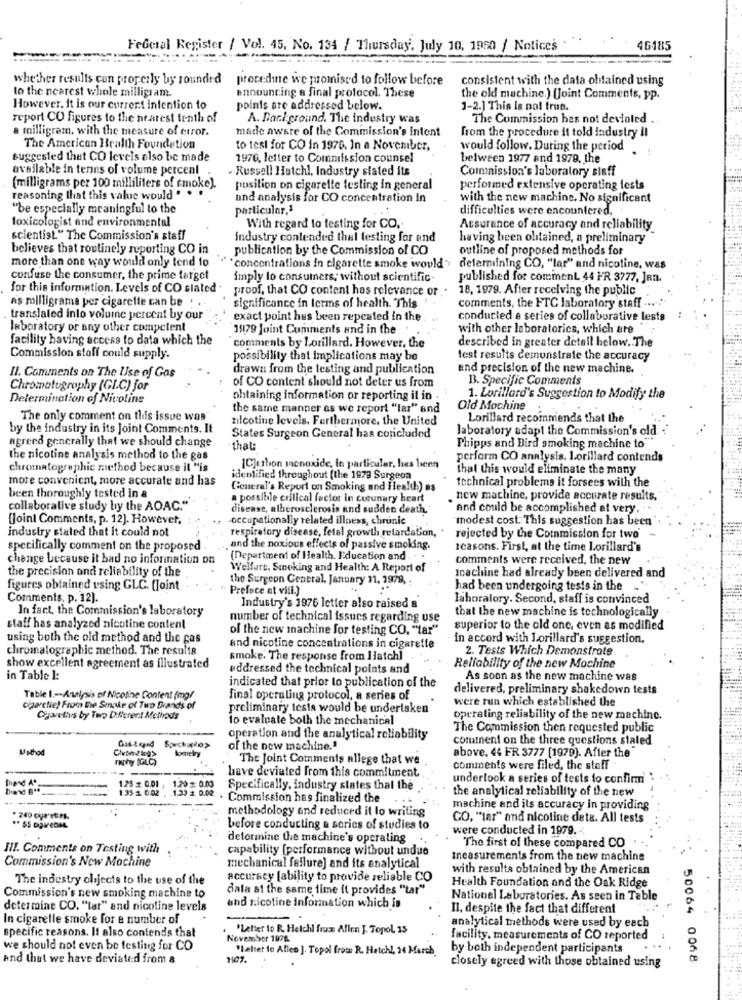
-
Federal Register / Vol. 45, No. 134 / Thursday, July 10, 1950 / Notices
46185
whether results con properly by rounded
procedine we promised to follow before
consistent with the data obtained using
announcing a final protocol. These
to the nearest whole milligram.
the old machine.) (Joint Comments, PP.
However, It is our current intention to
points are addressed below.
1-2.] This is not true.
report CO figures to the nearest tenth of
A. Bari ground. The industry was
The Commission has not deviated
a milligram, with the measure of error.
made aware of the Commission's Intent
from the procedure it told industry il
The American Health Foundation
to tesi for CO in 1979. In a November,
would follow. During the period.
suggested that CO levels also be made
1970, letter to Commission counsel
between 1977 and 1979. the
available in terms of volume perceal
. Russell Hutchl, Industry stated its
Commission's laboratory staff
(milligrams per 100 milliliters of smoke).
position on cigarette testing in general
performed extensive operating tests
reasoning that this value would . .
and analysis for CO concentration In
with the new machine. No significant
"be especially meaningful to the
particular,1
difficulties were encountered.
toxicologist and environmental
With regard to testing for CO ..
Assurance of accuracy and reliability
scientist." The Commission's staff
industry contended thal testing for and
having been obtained, a preliminary
believes that routinely reporting CO in
publication by the Commission of CO
outline of proposed methods for
more than one way would only tend to
"""concentrations in cigarette smoke would; determining CO, "lar" and nicotine, was
confuse the consumer, the prime target
imply to consumers; without scientific
published for comment 44 FR 3777, Jen.
for this information. Levels of CO slated
proof, that CO content has relevance or ."
18, 1979. After receiving the public
as milligrama per cigarette can be . .
significance in terms of health. "This " .
comments, the FTC laboratory staff ...
translated into volume percent by our
exact point hus been repeated in the.
conducted a series of collaborative lests
laboratory or any other competent
1979 Joint Comments and in the
with other laboratorics, which are
facility having access to date which the
described in greater detail below .. The
comments by Lorillard. However, the
Commission staff could supply.
possibility that implications may be
test results demonstrate the accuracy
drawn from the testing and publication
and precision of the new machine.
Il. Comments on The Use of Gas
B. Specific Comments
Chromatography (GI.C) for
of CO content should not deter us from
Determination of Nivoline
obtaining information or reporting il in .
1. Lorillard's Suggestion to Modify the
the same manner as we report "lar" and
Old Machine :
The only comment on this issue was
zilcotine levels. Furthermore, the United
Lorillard recommends that the
by the industry in its Joint Comments. It
laboratory adapt the Commission's old
agreed generally that we should change
States Surgeon General has concluded
that:
Phipps and Bird smoking machine to"
the nicotine analysis method to the gas
perform CO analysis. lorillard contends
chromatographic method because il "is
1C]ubon incnoxide, in particular, has been
that this would eliminate the many
more convenient, more accurate and has
identified throughout (the 1979 Surgeon
technical problems it forsees with the
Generel's Report on Smoking and Health) as
been thoroughly tested in a
a possible critical factor in coronary heart
new machine, provide accurate results.
collaborative study by the AOAC."
disease, alberosclerosis and sudden death,
"and could be accomplished at very,
(joint Comments, p. 12). However,
-occupationally related illness, chronic
modest cost. This suggestion has been
respiratory disease, fetal growth retardation, .
industry stated that it could not
rejected by the Commission for two'
specifically comment on the proposed
and the noxious effects of passive smoking.
reasons. First, at the time Lorillard's
change because it had no information on
(Department of Health. Education and .
comments were received, the new
the precision and reliability of the
Welfart, Sinoking and Health: A Report of
Icachine had already been delivered and
the Surgeon Central. January 31, 1978,
figures obtained using GLC. (Joint
Preface at vill.]
had been undergoing tests in the .
Comments, p. 12).
lahoralory. Second, staff is convinced
In fact, the Commission's laboratory
Industry's 1976 letter also raised a
that the new machine is technologically
number of technical issues regarding use
staff has analyzed nicotine content
of the new machine for testing CO. "tar"
superior to the old one, even as modified
using both the old method and the gas
in accord with Lorillard's suggestion.
chromatographic method. The results
and nicotine concentrations in cigarette
2. Tests Which Demonstrate
smoke. The response from Ilatch]
show excellent agreement as illustrated
addressed the technical points and
Reliability of the new Mochine
in Table 1:
As soon as the new machine was
indicated that prior to publication of the
delivered, preliminary shakedown tests
Table 1 .- Analysis of Nicotine Content (mg/
final operating protocol, a series of
were run which established the
cigaretie) From the Smoke of Two Brands of
preliminary tesis would be undertaken
Cjartlivs by Two Different Methods
to evaluate both the mechanical
operating reliability of the new machinc.
The Commission then requested public
operation and the analytical reliability
comment on the three questions staled
UMhod
Sometry
of the new machine."
above. 44 FR 3777 [1979). After the
raphy [GLC)
The Joint Comments allege that we
Comments were filed, the staff
1.25 + 0.01 . 1.20 1 0.00
have deviated from this commitment.
undertook a series of tests to confirm
135 1 0.02 . 1.33 2 0.02
Specifically, industry states that the
the analytical reliability of the new
. Commission has finalized the
methodology and reduced it lo writing
machine and its accuracy in providing
. 240 cigaret r.
CO, "tar" and nicoline deta. All tests
before conducting a series of studies to
were conducted in 1979.
determine the machine's operating
III. Comments on Testing with
capability [performance without undue
The first of these compared CO
Commission's New Mochine
measurements from the new machine
mechanical failure] and its analytical
with results obtained by the American
The industry objects to the use of the
accuracy [ability to provide reliable CO
dala at the same time it provides "tar"
Health Foundation and the Oak Ridge
Commission's new smoking machine to
National Laboratories. As seen in Table
determine CO. "tar" and nicoline levels
and nicotine Information which is
Il. despite the fact that different
In cigarelle smoke for e number of
"Letter to R. Helchl from Allen J. Topol, 15
analytical methods were used by each
specific reasons. It also contends that
November 1976
facility. measurements of CO reported
we should not even be testing for CO
"Leher to Alles ]. Topol from R. Hatchi, 24 March.
by both independent participants
and that we have deviated from &
1907.
closely agreed with those obtained using
50064 0068